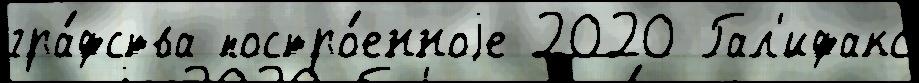
гра́фства постро́енноjе 2020 Гал'ифакс